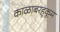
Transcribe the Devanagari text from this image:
काळाबरहुकूम